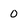
Character: 0